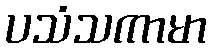
ပသံသကာမာ